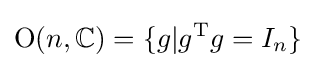
\mathrm {O} (n,\mathbb {C} )=\{g|g^{\mathrm {T} }g=I_{n}\}